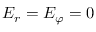
E _ { r } = E _ { \varphi } = 0